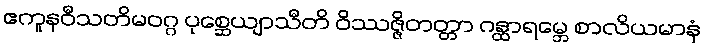
ဧကူနဝီသတိမဝဂ္ဂ ပုစ္ဆေယျာသီတိ ဝိဿဇ္ဇိတတ္တာ ဂန္ထာရမ္ဘေ စာလိယမာနံ